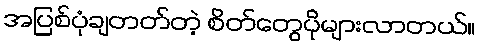
အပြစ်ပုံချတတ်တဲ့ စိတ်တွေပိုများလာတယ်။